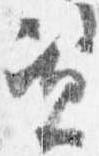
資